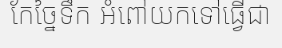
កែច្នៃទឹក អំពៅយកទៅធ្វើជា